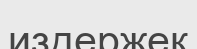
издержек